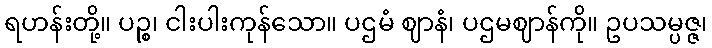
ရဟန်းတို့။ ပဉ္စ၊ ငါးပါးကုန်သော။ ပဌမံ ဈာနံ၊ ပဌမဈာန်ကို။ ဥပသမ္ပဇ္ဇ၊